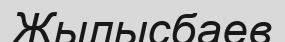
Жылысбаев